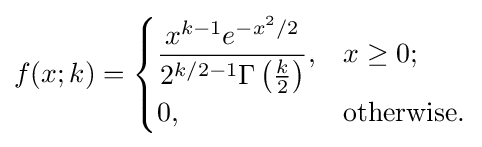
f(x;k)={\begin{cases}{\dfrac {x^{k-1}e^{-x^{2}/2}}{2^{k/2-1}\Gamma \left({\frac {k}{2}}\right)}},&x\geq 0;\\0,&{\text{otherwise}}.\end{cases}}